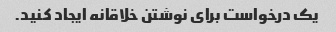
یک درخواست برای نوشتن خلاقانه ایجاد کنید.